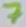
Text: 7